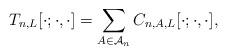
LaTeX: \begin{align*} T_{n,L}[ \cdot ; \cdot , \cdot ] & = \sum_{A \in \mathcal{A}_n} C_{n, A, L }[ \cdot; \cdot , \cdot ] , \end{align*}